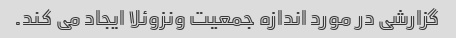
گزارشی در مورد اندازه جمعیت ونزوئلا ایجاد می کند.